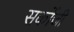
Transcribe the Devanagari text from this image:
सर्कोजी